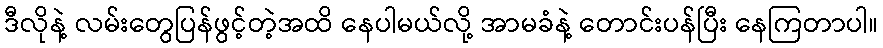
ဒီလိုနဲ့ လမ်းတွေပြန်ဖွင့်တဲ့အထိ နေပါမယ်လို့ အာမခံနဲ့ တောင်းပန်ပြီး နေကြတာပါ။